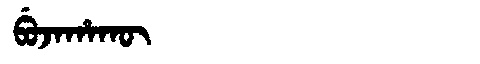
Manchu: ᠪᡠᠵᠠᡥᠠᡴᡡ
Romanization: BUJAHAKŪ